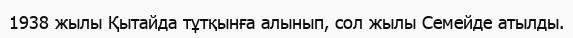
1938 жылы Қытайда тұтқынға алынып, сол жылы Семейде атылды.